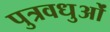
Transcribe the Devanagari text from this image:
पुत्रवधुओं